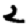
Digit: 2